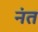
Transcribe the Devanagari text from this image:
नंत